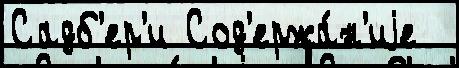
Садб'ер'и Сод'ержа́н'иjе